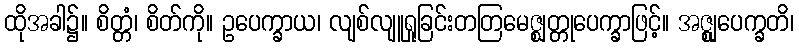
ထိုအခါ၌။ စိတ္တံ၊ စိတ်ကို။ ဥပေက္ခာယ၊ လျစ်လျူရှုခြင်းတတြမေဇ္ဈတ္တုပေက္ခာဖြင့်။ အဇ္ဈုပေက္ခတိ၊